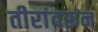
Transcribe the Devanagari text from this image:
तीरांवरून